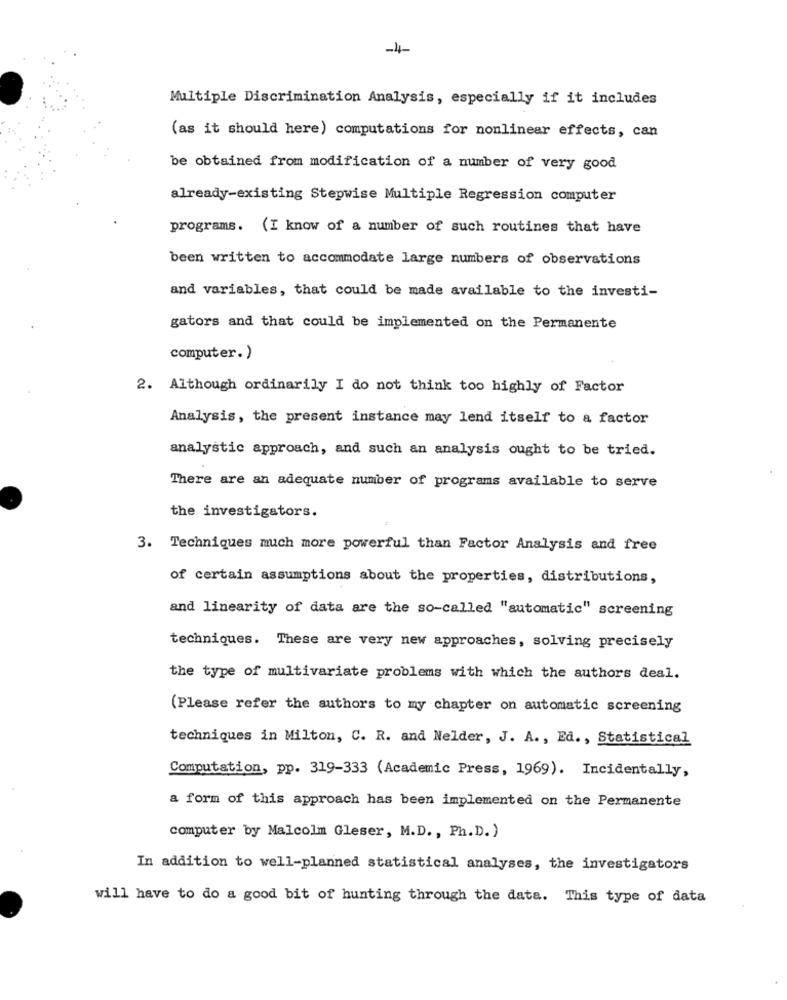
-4-
Multiple Discrimination Analysis, especially if it includes
(as it should here) computations for nonlinear effects, can
be obtained from modification of a number of very good
already-existing Stepwise Multiple Regression computer
programs. (I know of a number of such routines that have
been written to accommodate large numbers of observations
and variables, that could be made available to the investi-
gators and that could be implemented on the Permanente
computer. )
2. Although ordinarily I do not think too highly of Factor
Analysis, the present instance may lend itself to a factor
analystic approach, and such an analysis ought to be tried.
There are an adequate number of programs available to serve
the investigators.
3. Techniques much more powerful than Factor Analysis and free
of certain assumptions about the properties, distributions,
and linearity of data are the so-called "automatic" screening
techniques. These are very new approaches, solving precisely
the type of multivariate problems with which the authors deal.
(Please refer the authors to my chapter on automatic screening
techniques in Milton, C. R. and Nelder, J. A ., Ed ., Statistical
Computation, pp. 319-333 (Academic Press, 1969). Incidentally,
a form of this approach has been implemented on the Permanente
computer by Malcolm Gleser, M.D ., Ph. D. )
In addition to well-planned statistical analyses, the investigators
will have to do a good bit of hunting through the data. This type of data